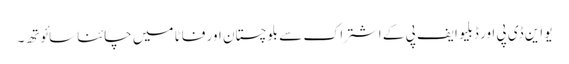
یو این ڈی پی اور ڈبلیو ایف پی کے اشتراک سے بلوچستان اور فاٹا میں چائنا سائوتھ۔